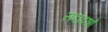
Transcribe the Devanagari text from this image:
सदादर्शों